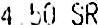
4.50 SR